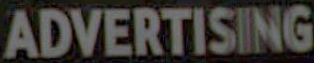
ADVERTISING